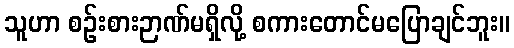
သူဟာ စဉ်းစားဉာဏ်မရှိလို့ စကားတောင်မပြောချင်ဘူး။